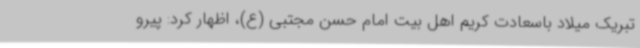
تبریک میلاد باسعادت کریم اهل بیت امام حسن مجتبی (ع)، اظهار کرد: پیرو